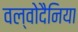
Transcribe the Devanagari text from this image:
वल्वोदैनिया